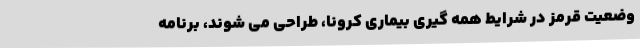
وضعیت قرمز در شرایط همه­ گیری بیماری کرونا، طراحی می شوند، برنامه